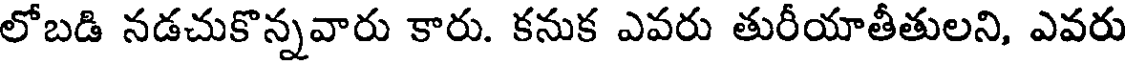
లోబడి నడచుకొన్నవారు కారు. కనుక ఎవరు తురీయాతీతులని, ఎవరు